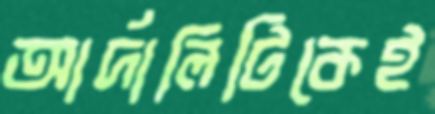
আর্দালিটিকেই